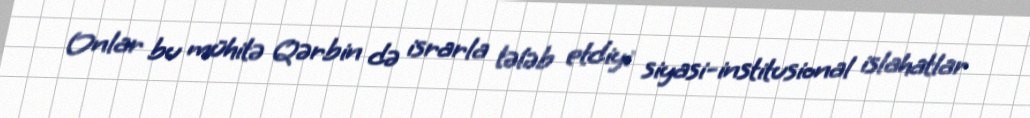
Onlar bu mühitə Qərbin də israrla tələb etdiyi siyasi-institusional islahatlar